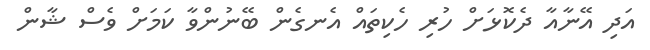
އަދި އޭނާއާ ދެކޮޅަށް ހުރި ހެކިތައް އެނގެން ބޭނުންވާ ކަމަށް ވެސް ޝާން